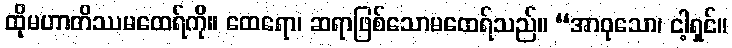
ထိုမဟာတိဿမထေရ်ကို။ ထေရော၊ ဆရာဖြစ်သောမထေရ်သည်။ “အာဝုသော၊ ငါ့ရှင်။